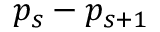
p _ { s } - p _ { s + 1 }